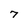
Character: 7